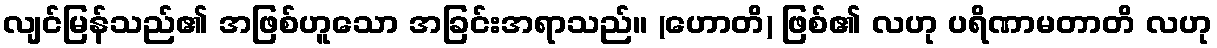
လျင်မြန်သည်၏ အဖြစ်ဟူသော အခြင်းအရာသည်။ (ဟောတိ) ဖြစ်၏ လဟု ပရိဏာမတာတိ လဟု